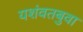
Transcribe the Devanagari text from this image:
यशंवतबुवा